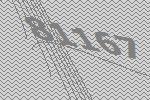
81167